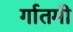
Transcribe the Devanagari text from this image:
र्गातमी